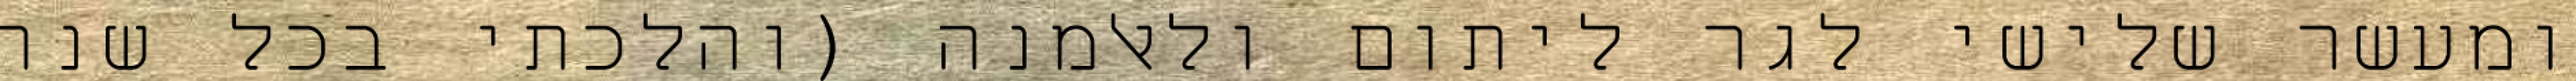
ומעשר שלישי לגר ליתום ולאלמנה (והלכתי בכל שנה